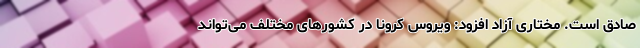
صادق است. مختاری آزاد افزود: ویروس کرونا در کشورهای مختلف می‌تواند